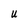
Character: U